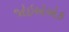
જોઇએએક